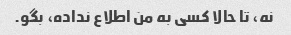
نه، تا حالا کسی به من اطلاع نداده، بگو.